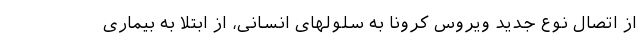
از اتصال نوع جدید ویروس کرونا به سلولهای انسانی، از ابتلا به بیماری